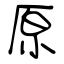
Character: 原